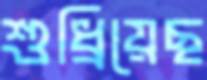
শুধ্‌রিয়েছ